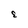
Character: E